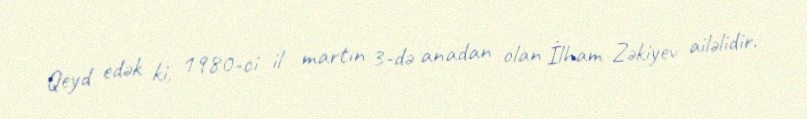
Qeyd edək ki, 1980-ci il martın 3-də anadan olan İlham Zəkiyev ailəlidir.